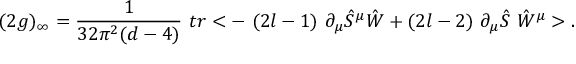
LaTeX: ( 2 g ) _ { \infty } = \frac { 1 } { 3 2 \pi ^ { 2 } ( d - 4 ) } \ t r < - \ ( 2 l - 1 ) \ \partial _ { \mu } \hat { S } ^ { \mu } \hat { W } + ( 2 l - 2 ) \ \partial _ { \mu } \hat { S } \ \hat { W } ^ { \mu } > .